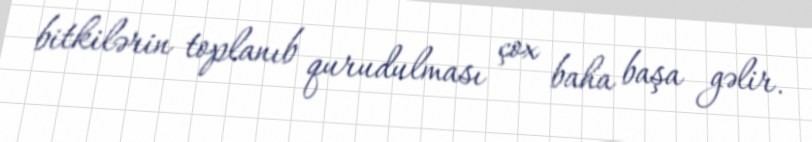
bitkilərin toplanıb qurudulması çox baha başa gəlir.